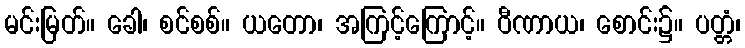
မင်းမြတ်။ ခေါ၊ စင်စစ်။ ယတော၊ အကြင့်ကြောင့်။ ဝီဏာယ၊ စောင်း၌။ ပတ္တံ၊